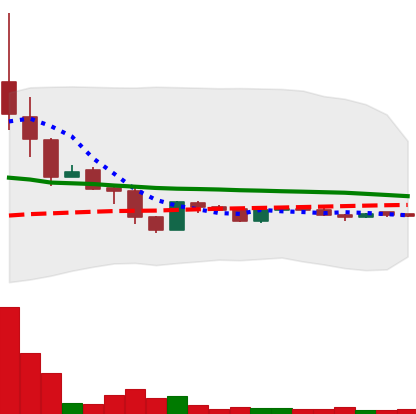
Ticker: LTC-USD
Chart end date: 2015-11-23
Forward return: 12.755%
Label: up_7plus